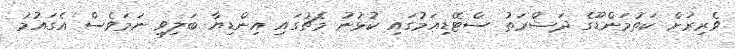
ވެރިރަށް ކަތުމަންޑޫގެ ދަޝްރަތު ސްޓޭޑިއަމުގައި ކުޅުނު މެޗުގައި އިންޑިޔާ ބަލިވި ނަމަވެސް އެގައުމު